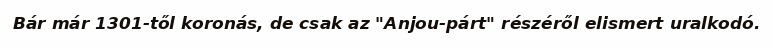
Bár már 1301-től koronás, de csak az "Anjou-párt" részéről elismert uralkodó.